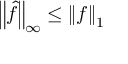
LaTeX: \left\| { \hat { f } } \right\| _ { \infty } \leq \left\| f \right\| _ { 1 }